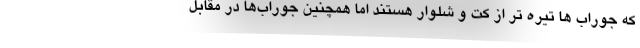
که جوراب ها تیره تر از کت و شلوار هستند اما همچنین جوراب‌ها در مقابل